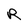
Character: R